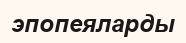
эпопеяларды